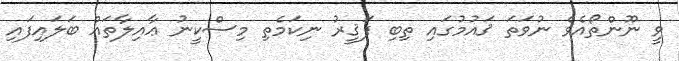
ވީ ނޫންތޯއެވެ ނުވަތަ ޤައުމުގައި ތިބި ފަޤީރު ނިކަމެތި މިސްކީނު ޢާއިލާތައް ބަލައިފައި